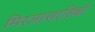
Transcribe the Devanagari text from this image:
मिरजासाहिबाँ